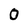
Character: 0